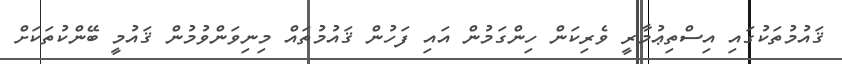
ޤައުމުތަކުގައި އިސްތިޢުމާރީ ވެރިކަން ހިންގަމުން އައި ފަހުން ޤައުމުތައް މިނިވަންވުމުން ޤައުމީ ބޭންކުތަކަށް